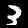
Label: 3